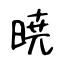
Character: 暁